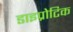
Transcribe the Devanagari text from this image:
डाइप्रोटिक